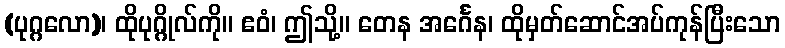
(ပုဂ္ဂလော)၊ ထိုပုဂ္ဂိုလ်ကို။ ဧဝံ၊ ဤသို့။ တေန အင်္ဂေန၊ ထိုမှတ်ဆောင်အပ်ကုန်ပြီးသော